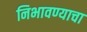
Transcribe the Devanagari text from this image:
निभावण्याचा